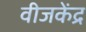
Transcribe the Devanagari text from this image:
वीजकेंद्र